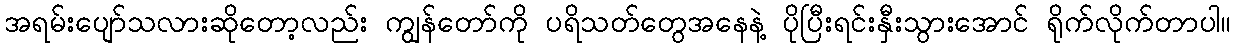
အရမ်းပျော်သလားဆိုတော့လည်း ကျွန်တော်ကို ပရိသတ်တွေအနေနဲ့ ပိုပြီးရင်းနှီးသွားအောင် ရိုက်လိုက်တာပါ။